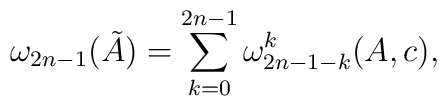
\omega_{2n-1}(\tilde{A})=\sum_{k=0}^{2n-1} \omega_{2n-1-k}^{k}(A,c),